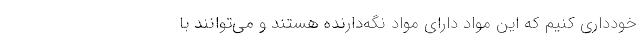
خودداری کنیم که این مواد دارای مواد نگه‌دارنده هستند و می‌توانند با